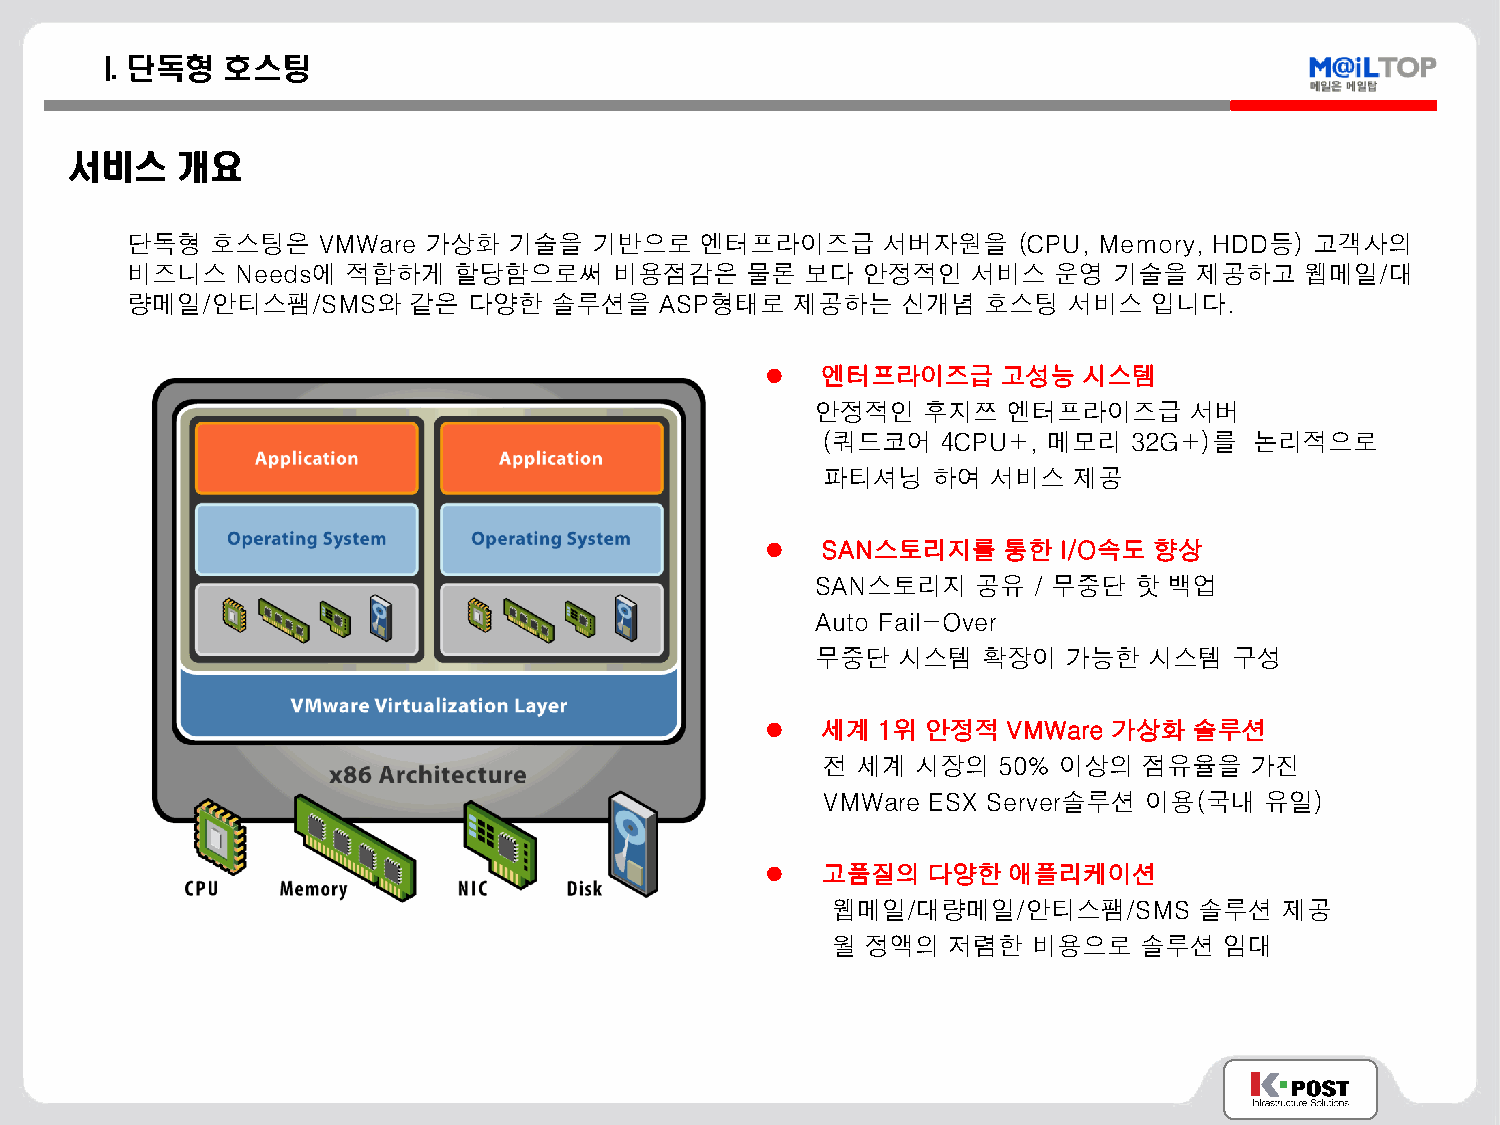
I. 단독형  호스팅
 서비스    개요
 단독형   호스팅은   VMWare 가상화   기술을  기반으로   엔터프라이즈급     서버자원을    (CPU, Memory, HDD등) 고객사의
 비즈니스    Needs에 적합하게   할당함으로써     비용점감은   물론  보다  안정적인   서비스   운영  기술을  제공하고   웹메일/대
 량메일/안티스팸/SMS와      같은  다양한  솔루션을    ASP형태로  제공하는    신개념  호스팅   서비스  입니다.
   엔터프라이즈급     고성능   시스템
 안정적인   후지쯔   엔터프라이즈급     서버
 (쿼드코어   4CPU+, 메모리   32G+)를  논리적으로
 파티셔닝    하여  서비스  제공
   SAN스토리지를    통한  I/O속도 향상
 SAN스토리지    공유 / 무중단  핫 백업
 Auto Fail-Over
 무중단  시스템   확장이   가능한  시스템   구성
   세계  1위 안정적   VMWare 가상화  솔루션
 전  세계  시장의  50% 이상의   점유율을   가진
 VMWare  ESX Server솔루션 이용(국내   유일)
   고품질의   다양한   애플리케이션
 웹메일/대량메일/안티스팸/SMS       솔루션   제공
 월 정액의   저렴한  비용으로   솔루션   임대